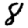
Digit: 8